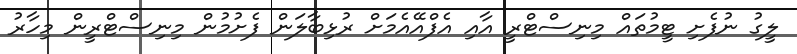
ލީގު ނުފެށި ޓީމުތައް މިނިސްޓްރީ އާއި އެފްއޭއެމަށް ރުޅިބާލަން ފެށުމުން މިނިސްޓްރީން މިހާރު